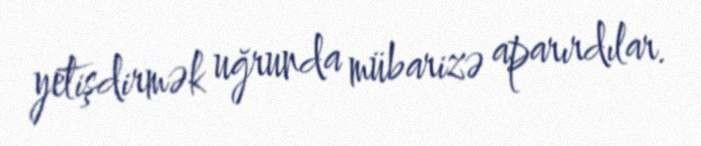
yetişdirmək uğrunda mübarizə aparırdılar.